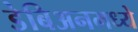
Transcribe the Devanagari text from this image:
डेबिअनमध्ये